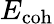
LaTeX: E_{\mathrm{coh}}